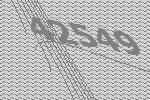
42549